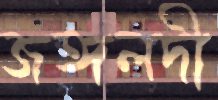
জঙ্গলদী